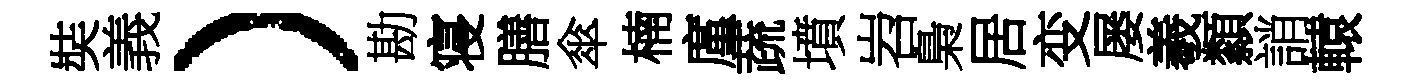
奘義）勘寝膳傘楠廑蔬墳岧梟居变屡羲纇誚轅